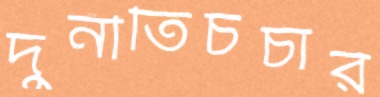
দুর্নীতিচর্চার